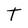
Character: T